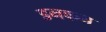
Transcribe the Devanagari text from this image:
डनकन